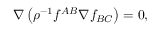
\nabla \left( \rho ^ { - 1 } f ^ { A B } \nabla f _ { B C } \right) = 0 ,